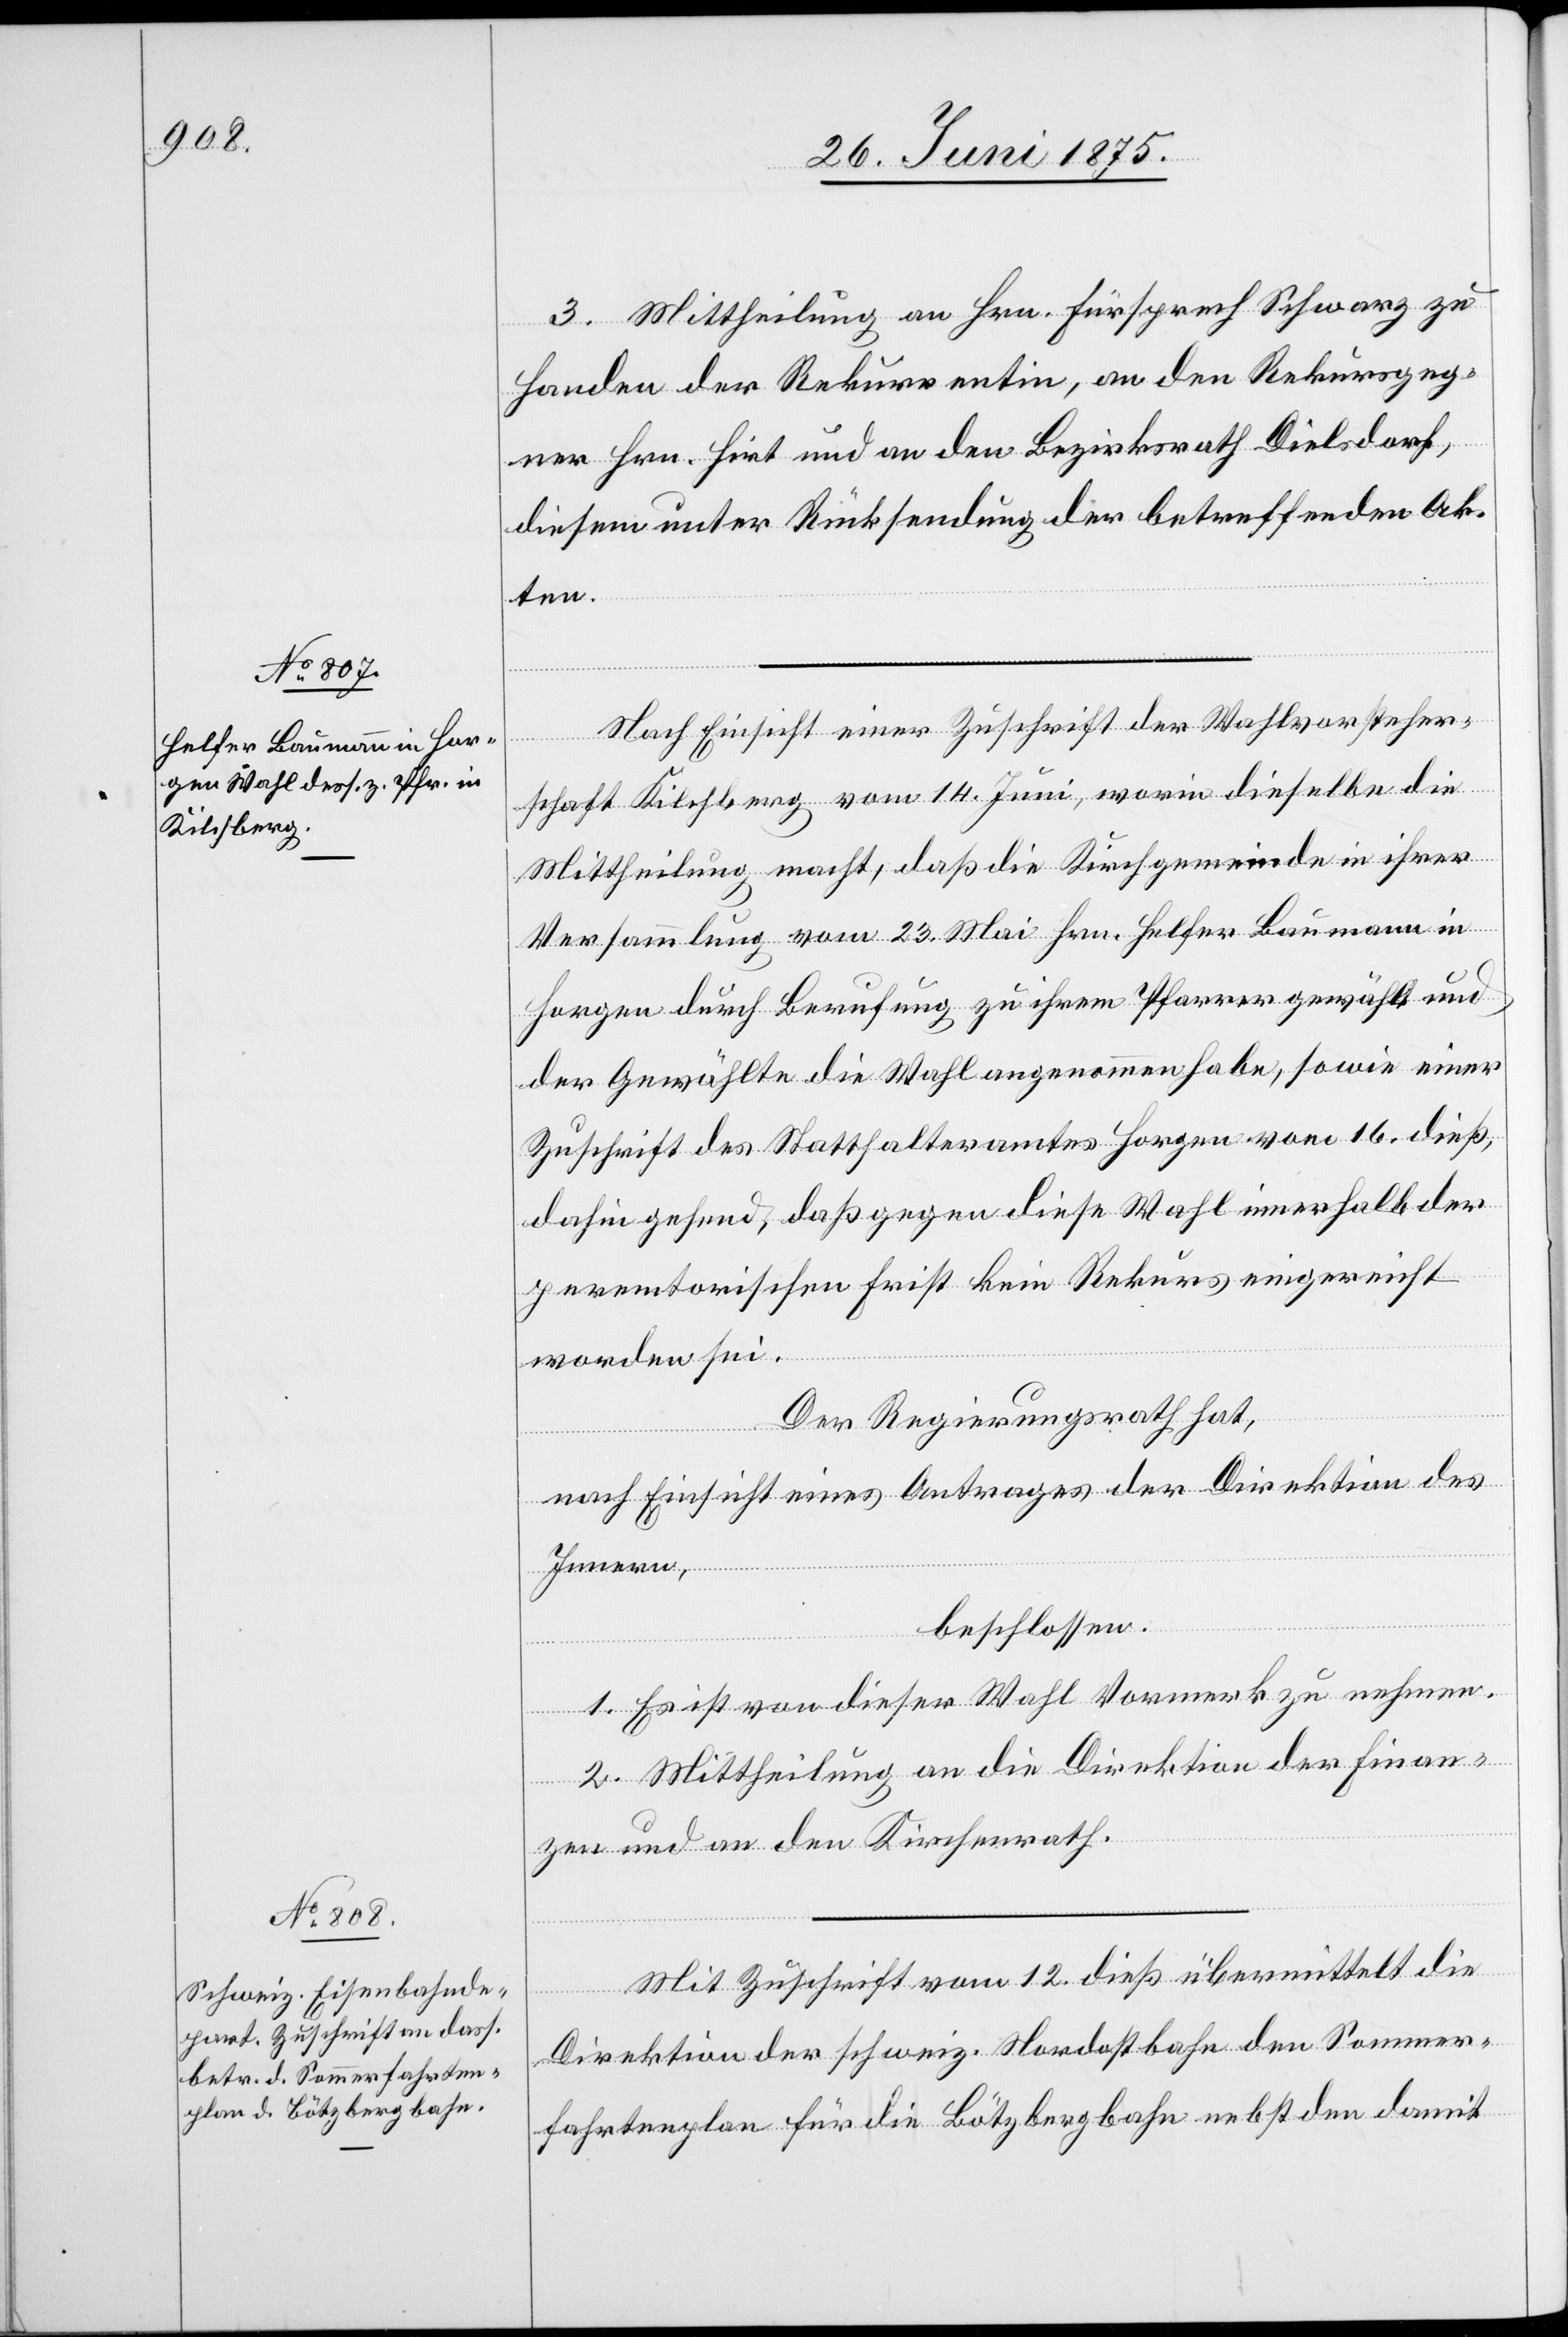
3. Mittheilung an Hrn. Fürsprech Schwarz zu
Handen der Rekurrentin, an den Rekursgeg¬
ner Hrn. Hirt und an den Bezirksrath Dielsdorf,
diesem unter Rücksendung der betreffenden Ak¬
ten.
Nach Einsicht einer Zuschrift des Wahlvorsteher¬
schaft Kilchberg vom 14. Juni, worin dieselbe die
Mittheilung macht, daß die Kirchgemeinde in ihrer
Versammlung vom 23. Mai Hrn. Helfer Baumann in
Horgen durch Berufung zu ihrem Pfarrer gewählt und
der gewählte die Wahl angenommen habe, sowie einer
Zuschrift des Statthalteramtes Horgen vom 16. dieß,
dahingehend, daß gegen diese Wahl innerhalb der
peremtorischen Frist kein Rekurs eingereicht
worden sei.
Der Regierungsrath hat,
nach Einsicht eines Antrages der Direktion des
Innern,
beschlossen:
1. Es ist von dieser Wahl Vormerk zu nehmen.
2. Mittheilung an die Direktion der Finan¬
zen und an den Kirchenrath.
Mit Zuschrift vom 12. dieß übermittelt die
Direktion der schweiz. Nordostbahn den Sommer¬
fahrtenplan für die Bötzbergbahn nebst den damit